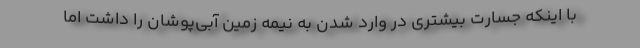
با اینکه جسارت بیشتری در وارد شدن به نیمه زمین آبی‌پوشان را داشت اما